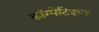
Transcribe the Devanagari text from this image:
कॉम्पेटिशन